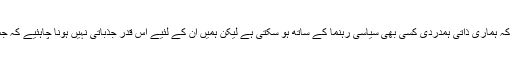
مہوش ، کہنا صرف یہ ہے کہ ہماری ذاتی ہمدردی کسی بھی سیاسی رہنما کے ساتھ ہو سکتی ہے لیکن ہمیں ان کے لئیے اس قدر جذباتی نہیں ہونا چاہئیے کہ جس حد تک آپ چلی جاتی ہو۔